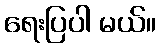
ရေးပြပါ မယ်။